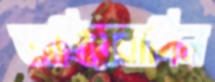
অপ্রিয়বাদিন